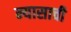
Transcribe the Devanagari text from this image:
न्यासाची